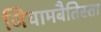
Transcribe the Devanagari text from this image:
जियामबैतिस्ता